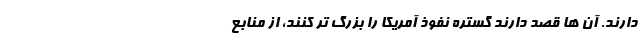
دارند. آن ها قصد دارند گستره نفوذ آمریکا را بزرگ تر کنند، از منابع